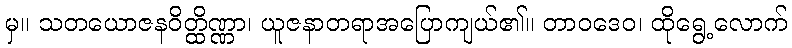
မှ။ သတယောဇနဝိတ္ထိဏ္ဏာ၊ ယူဇနာတရာအပြောကျယ်၏။ တာဝဒေဝ၊ ထိုရွေ့လောက်